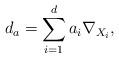
LaTeX: \begin{align*}d_a=\sum_{i=1}^d a_i \nabla_{X_i},\end{align*}